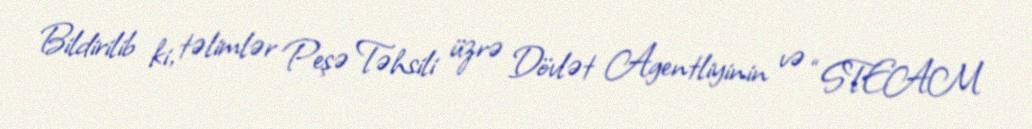
Bildirilib ki, təlimlər Peşə Təhsili üzrə Dövlət Agentliyinin və “STEAM